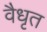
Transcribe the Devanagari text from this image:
वैधृत